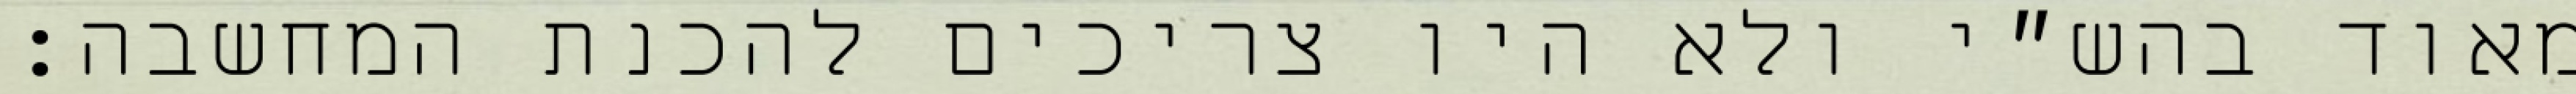
מאוד בהש״י ולא היו צריכים להכנת המחשבה: